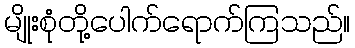
မျိုးစုံတို့ပေါက်ရောက်ကြသည်။